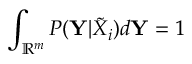
\int _ { \mathbb { R } ^ { m } } { P ( \mathbf { Y } | \tilde { X } _ { i } ) d \mathbf { Y } } = 1